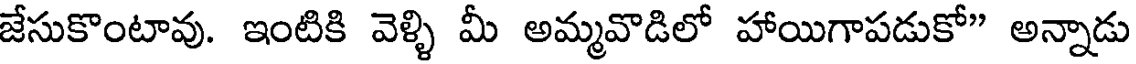
జేసుకొంటావు. ఇంటికి వెళ్ళి మీ అమ్మవొడిలో హాయిగాపడుకో" అన్నాడు